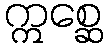
ဣစ္ဆေ